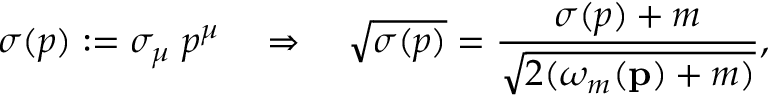
\sigma ( p ) : = \sigma _ { \mu } \; p ^ { \mu } \quad \Rightarrow \quad \sqrt { \sigma ( p ) } = \frac { \sigma ( p ) + m } { \sqrt { 2 ( \omega _ { m } { ( { \bf p } ) + m ) } } } ,